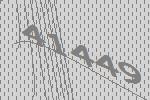
41449